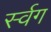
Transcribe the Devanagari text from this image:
र्स्वग